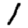
Digit: 1